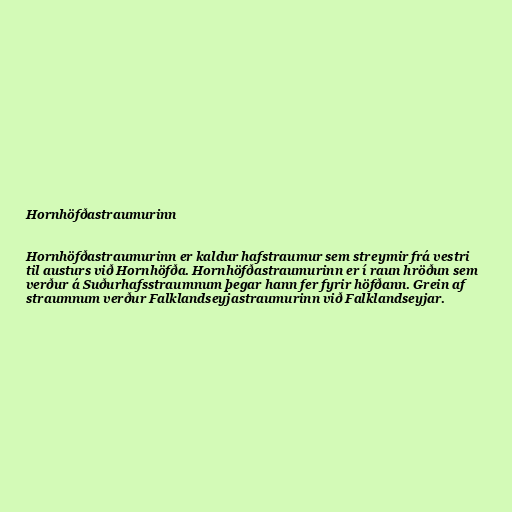
Hornhöfðastraumurinn

Hornhöfðastraumurinn er kaldur hafstraumur sem streymir frá vestri
til austurs við Hornhöfða. Hornhöfðastraumurinn er í raun hröðun sem
verður á Suðurhafsstraumnum þegar hann fer fyrir höfðann. Grein af
straumnum verður Falklandseyjastraumurinn við Falklandseyjar.